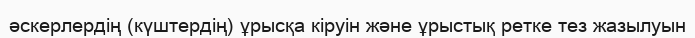
әскерлердің (күштердің) ұрысқа кіруін және ұрыстық ретке тез жазылуын